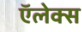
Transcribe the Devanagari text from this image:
ऍलेक्स